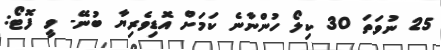
25 ނުވަތަ 30 ކިލޯ ހުންނާނެ ކަމަށް އޮޑިވެރިޔާ ބުނޭ- ވީ ފޮޓޯ: